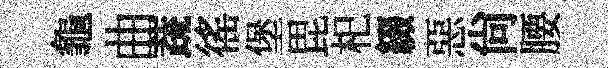
龜曲蔬徭堡毘𣏌綴惡尙腰